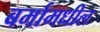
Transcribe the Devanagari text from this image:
बर्मामधील